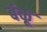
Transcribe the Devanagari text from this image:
बंकू